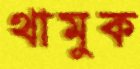
থামুক